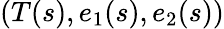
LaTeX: (T(s),e_{1}(s),e_{2}(s))